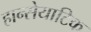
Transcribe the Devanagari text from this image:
हान्सेयाटिक